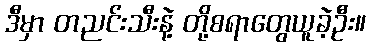
ဒီမှာ တညင်းသီးနဲ့ တို့စရာတွေယူခဲ့ဦး။